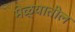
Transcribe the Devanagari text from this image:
मेळ्यातील